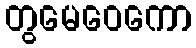
တွမေဝေကော